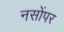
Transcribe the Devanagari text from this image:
नसोंपर